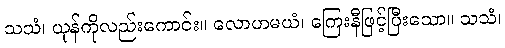
သသံ၊ ယုန်ကိုလည်းကောင်း။ လောဟမယံ၊ ကြေးနီဖြင့်ပြီးသော။ သသံ၊